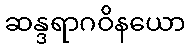
ဆန္ဒရာဂဝိနယော